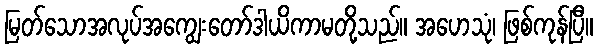
မြတ်သောအလုပ်အကျွေးတော်ဒါယိကာမတို့သည်။ အဟေသုံ၊ ဖြစ်ကုန်ပြီ။